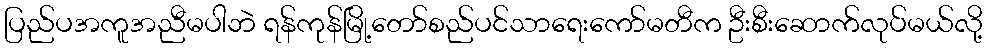
ပြည်ပအကူအညီမပါဘဲ ရန်ကုန်မြို့တော်စည်ပင်သာရေးကော်မတီက ဦးစီးဆောက်လုပ်မယ်လို့